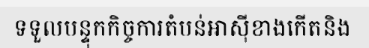
ទទួលបន្ទុកកិច្ចការតំបន់អាស៊ីខាងកើតនិង